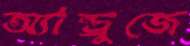
অ্যান্ড্রুজে